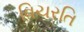
વિચરતિ